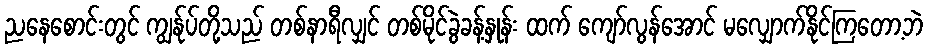
ညနေစောင်းတွင် ကျွန်ုပ်တို့သည် တစ်နာရီလျှင် တစ်မိုင်ခွဲခန့်နှုန်း ထက် ကျော်လွန်အောင် မလျှောက်နိုင်ကြတော့ဘဲ